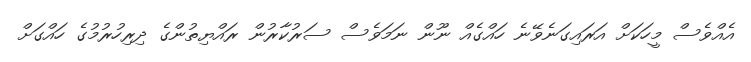
އެއްވެސް މީހަކަށް އަރައިގަނެވޭނެ ހައްގެއް ނޫން ނަމަވެސް ސަރުކާރުން ރައްޔިތުންގެ ދިރިހުރުމުގެ ހައްގަށް